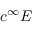
c ^ { \infty } E